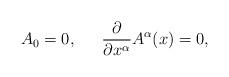
LaTeX: \begin{align*}A_{0}=0,\hskip18pt{\partial\over\partial{x^\alpha}}A^{\alpha}(x)=0,\end{align*}